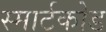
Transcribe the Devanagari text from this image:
स्मार्टकोड